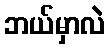
ဘယ်မှာလဲ